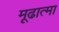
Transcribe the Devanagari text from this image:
मूढात्मा